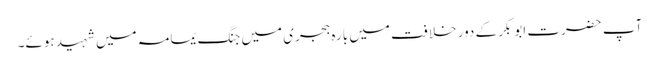
آپ حضرت ابوبکر کے دور خلافت میں بارہ ہجری میں جنگ یمامہ میں شہید ہوئے۔